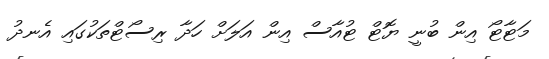
މަޓާޓޯ އިން ބުނީ ޔޮޓް ޓުއާސް އިން އަލަށް ހަދާ ރިސޯޓްތަކުގައި އެނދު